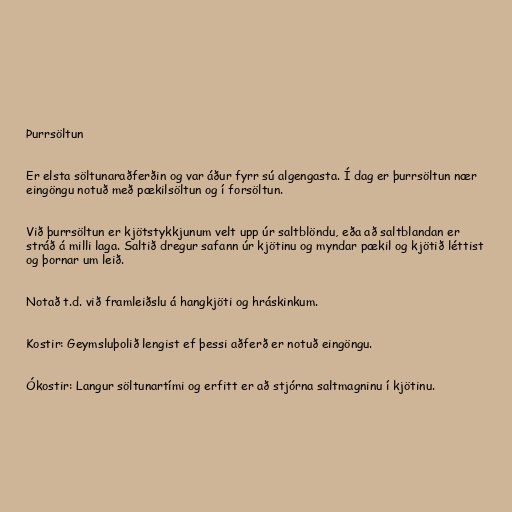
Þurrsöltun

Er elsta söltunaraðferðin og var áður fyrr sú algengasta. Í dag er þurrsöltun nær
eingöngu notuð með pækilsöltun og í forsöltun.

Við þurrsöltun er kjötstykkjunum velt upp úr saltblöndu, eða að saltblandan er
stráð á milli laga. Saltið dregur safann úr kjötinu og myndar pækil og kjötið léttist
og þornar um leið.

Notað t.d. við framleiðslu á hangkjöti og hráskinkum.

Kostir: Geymsluþolið lengist ef þessi aðferð er notuð eingöngu.

Ókostir: Langur söltunartími og erfitt er að stjórna saltmagninu í kjötinu.